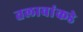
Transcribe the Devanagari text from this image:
तलावांकडे